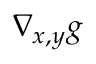
\nabla _ { x , y } g